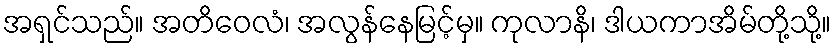
အရှင်သည်။ အတိဝေလံ၊ အလွန်နေမြင့်မှ။ ကုလာနိ၊ ဒါယကာအိမ်တို့သို့။